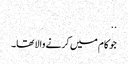
..
جو کام میں کرنے والا تھا۔